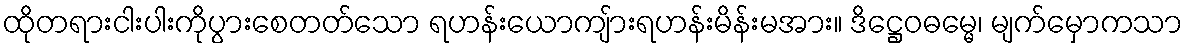
ထိုတရားငါးပါးကိုပွားစေတတ်သော ရဟန်းယောကျ်ားရဟန်းမိန်းမအား။ ဒိဋ္ဌေဝဓမ္မေ၊ မျက်မှောကသာ